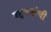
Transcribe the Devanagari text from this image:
बहूजनांची